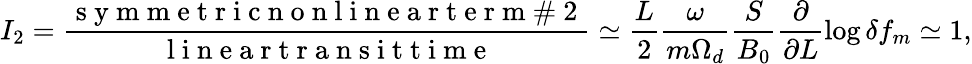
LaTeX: I_{2}=\frac{\mathrm{~s~y~m~m~e~t~r~i~c~n~o~n~l~i~n~e~a~r~t~e~r~m~\# ~2~}}{\mathrm{~l~i~n~e~a~r~t~r~a~n~s~i~t~t~i~m~e~}}\simeq\frac{L}{2}\frac{\omega}{m\Omega_{d}}\frac{S}{B_{0}}\frac{\partial}{\partial L}\log\delta f_{m}\simeq 1,